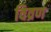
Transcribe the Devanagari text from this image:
विव्रण